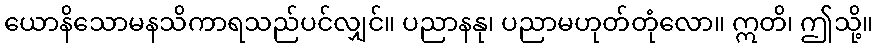
ယောနိသောမနသိကာရသည်ပင်လျှင်။ ပညာနနု၊ ပညာမဟုတ်တုံလော။ ဣတိ၊ ဤသို့။